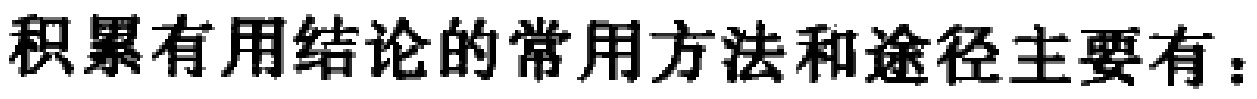
积累有用结论的常用方法和途径主要有：